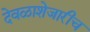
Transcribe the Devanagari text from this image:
देवळाशेजारीच